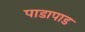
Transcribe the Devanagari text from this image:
पाडापाड